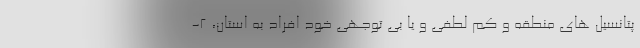
پتانسیل ­های منطقه و کم ­لطفی و یا بی­ توجهی خود افراد به استان، ۲-